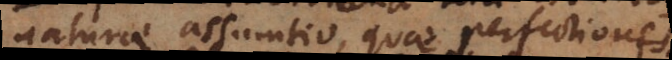
naturae assumtio, quae perfectiones